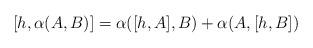
LaTeX: \begin{align*}[h,\alpha(A,B)]=\alpha([h,A],B)+\alpha(A,[h,B])\end{align*}